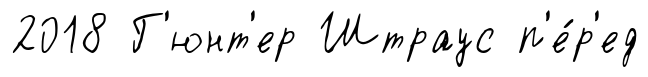
2018 Г'юнт'ер Штраус п'е́р'ед